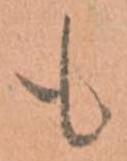
も